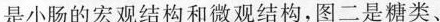
是小肠的宏观结构和微观结构，图二是糖类、